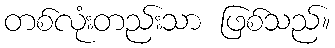
တစ်လုံးတည်းသာ ဖြစ်သည်။